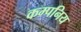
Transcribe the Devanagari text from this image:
कम्पनिय